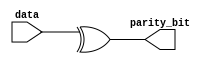
module parity_bit_generator(
    input [7:0] data,
    output parity_bit
);
    assign parity_bit = ^data; // XOR all bits of data for even parity
endmodule